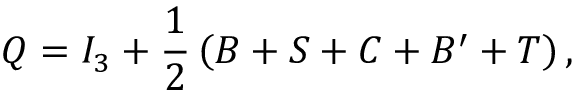
Q = I _ { 3 } + { \frac { 1 } { 2 } } \left( B + S + C + B ^ { \prime } + T \right) ,